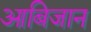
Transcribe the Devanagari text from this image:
आबिजान